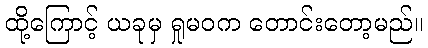
ထို့ကြောင့် ယခုမှ ရှုမဝက တောင်းတော့မည်။